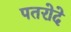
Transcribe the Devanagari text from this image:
पतरोदे